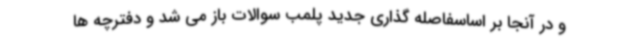
و در آنجا بر اساسفاصله گذاری جدید پلمب سوالات باز می شد و دفترچه ها